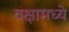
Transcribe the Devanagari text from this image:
वक्षामध्ये